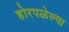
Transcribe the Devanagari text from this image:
होरपळेल्या